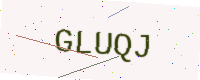
Text: GLUQJ